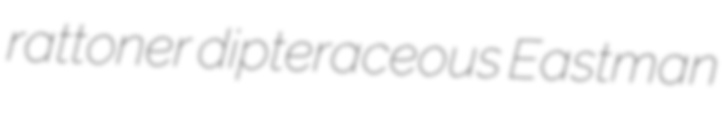
rattoner dipteraceous Eastman